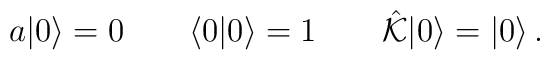
a|0\rangle=0 \qquad\langle 0|0 \rangle=1 \qquad\hat{\cal K}|0\rangle=|0\rangle\,.